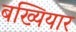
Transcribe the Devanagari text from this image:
बख्यियार